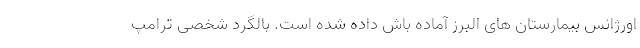
اورژانس بیمارستان های البرز آماده باش داده شده است. بالگرد شخصی ترامپ